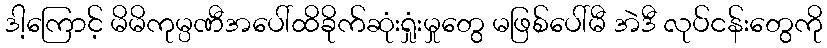
ဒါ့ကြောင့် မိမိကုမ္ပဏီအပေါ်ထိခိုက်ဆုံးရှုံးမှုတွေ မဖြစ်ပေါ်မီ အဲဒီ လုပ်ငန်းတွေကို